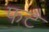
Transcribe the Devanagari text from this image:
फटै